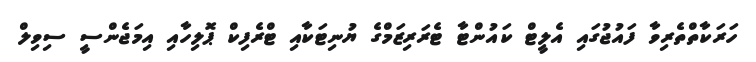
ހަރަކާތްތެރިވާ ފައުޖުގައި އެލީޓް ކައުންޓާ ޓެރަރިޒަމްގެ ޔުނިޓަކާއި ޓްރެފިކް ޕޮލިހާއި އިމަޖެންސީ ސިވިލް